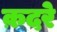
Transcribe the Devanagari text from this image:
क़दरे